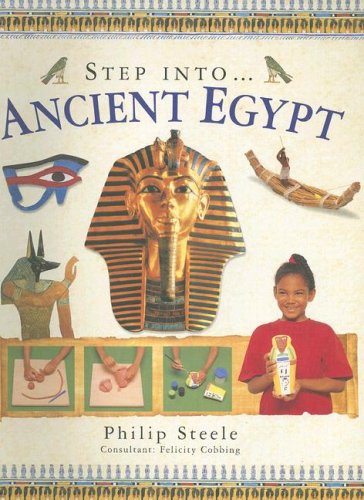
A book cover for Step Into: Ancient Egypt (Step Into The...); Philip Steele; Children's Books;